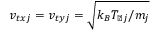
v _ { t x j } = v _ { t y j } = \sqrt { k _ { B } T _ { \perp j } / m _ { j } }